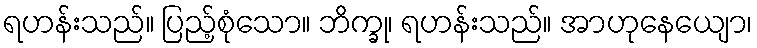
ရဟန်းသည်။ ပြည့်စုံသော။ ဘိက္ခု၊ ရဟန်းသည်။ အာဟုနေယျော၊